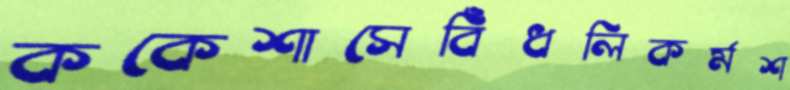
ককেশাসেবিঁধলিকর্মশ